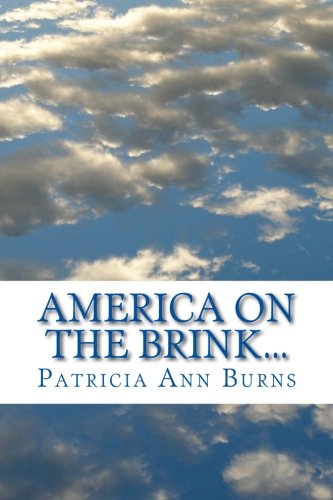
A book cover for AMERICA ON THE BRINK...: The War Within; Ms Patricia Ann Burns; Crafts, Hobbies & Home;